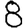
Digit: 8